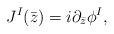
LaTeX: \begin{align*}J^{I}(\bar{z})=i \partial_{\bar{z}}\phi^{I},\end{align*}